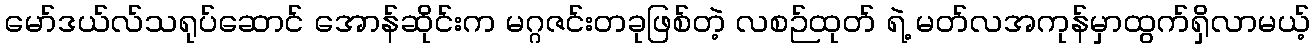
မော်ဒယ်လ်သရုပ်ဆောင် အောန်ဆိုင်းက မဂ္ဂဇင်းတခုဖြစ်တဲ့ လစဉ်ထုတ် ရဲ့ မတ်လအကုန်မှာထွက်ရှိလာမယ့်